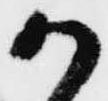
か